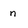
Character: n